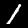
Label: 1